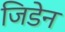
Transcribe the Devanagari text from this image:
जिडेन